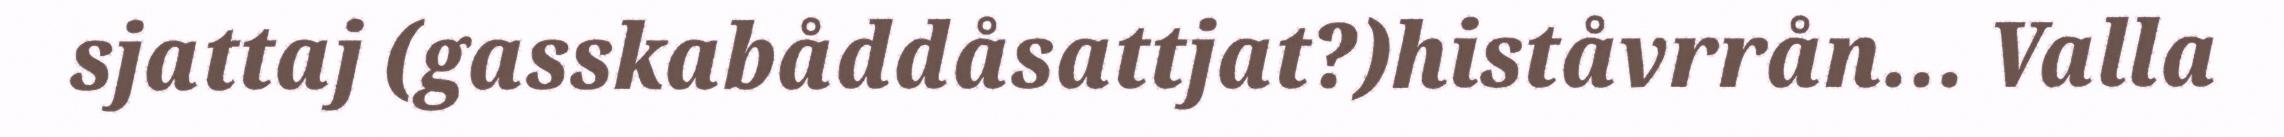
sjattaj (gasskabåddåsattjat?)histåvrrån... Valla